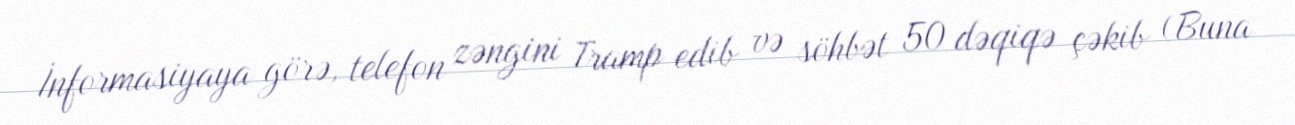
İnformasiyaya görə, telefon zəngini Tramp edib və söhbət 50 dəqiqə çəkib (Buna